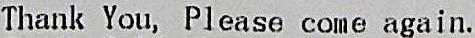
THANK YOU, PLEASE COME AGAIN.